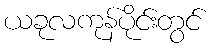
ယခုလကုန်ပိုင်းတွင်